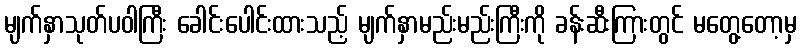
မျက်နှာသုတ်ပဝါကြီး ခေါင်းပေါင်းထားသည့် မျက်နှာမည်းမည်းကြီးကို ခန်းဆီးကြားတွင် မတွေ့တော့မှ